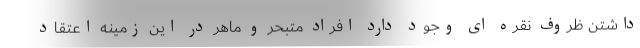
داشتن ظروف نقره ای وجود دارد افراد متبحر و ماهر در این زمینه اعتقاد